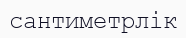
сантиметрлік